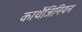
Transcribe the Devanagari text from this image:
कार्थेजिनियन